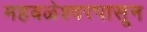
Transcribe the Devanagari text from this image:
महबळेश्वरपासून